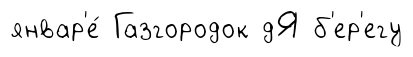
январ'е́ Газгородок дЯ б'ер'егу